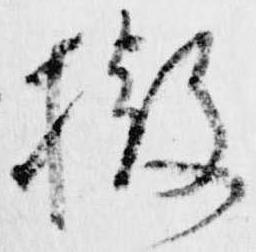
撤